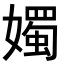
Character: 𪦨